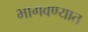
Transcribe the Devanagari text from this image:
भागवण्यात